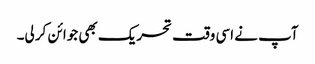
آپ نے اسی وقت تحریک بھی جوائن کر لی۔